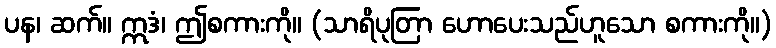
ပန၊ ဆက်။ ဣဒံ၊ ဤစကားကို။ (သာရိပုတြာ ဟောပေးသည်ဟူသော စကားကို။)